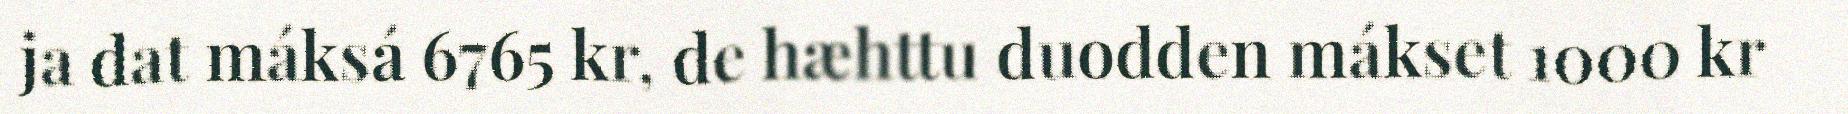
ja dat máksá 6765 kr, de hæhttu duodden mákset 1000 kr